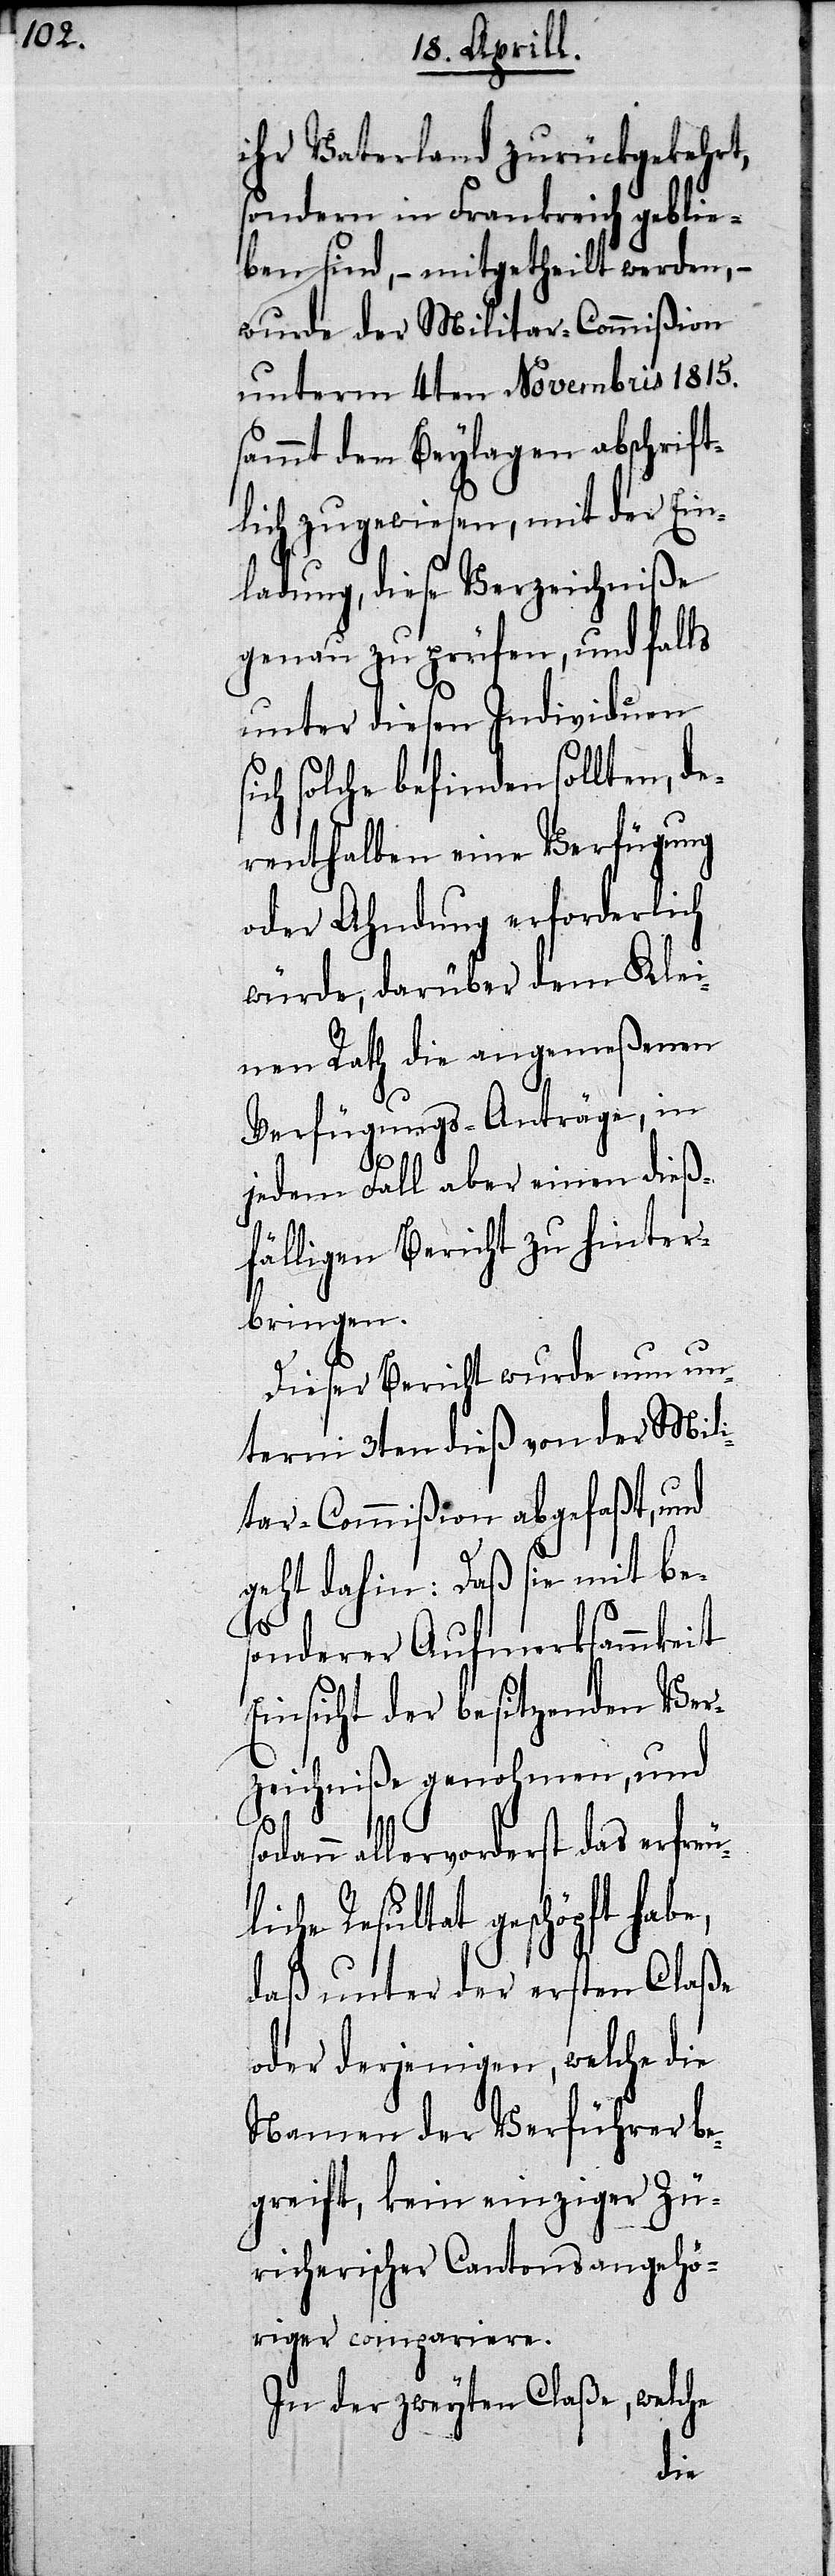
ihr Vaterland zurückgekehrt,
sondern in Frankreich geblie¬
ben sind,– mitgetheilt werden,–
wurde der Militar-Commißion
unterm 4ten Novembris 1815.
sammt den Beylagen abschrift¬
lich zugewiesen, mit der Ein¬
ladung, diese Verzeichniße
genau zu prüfen, und falls
unter diesen Individuen
ich solche befinden sollten, de¬
renthalben eine Verfügung
oder Ahndung erforderlich
würde, darüber dem Kle¬
inen Rath die angemeßenen
Verfügungs-Anträge, in
jedem Fall aber einen dieß¬
fälligen Bericht zu hinter¬
bringen.
Dieser Bericht wurde nun un¬
term 3ten dieß von der Mil¬
itar-Commißion abgefaßt, und
geht dahin: Daß sie mit be¬
l¬
sonderer Aufmerksamkeit
Einsicht der besitzenden Ver¬
zeichniße genohmen, und
allervorderst das erfreu¬
iche Resultat geschöpft habe,
daß unter der ersten Claße
oder derjenigen, welche die
Namen der Verführer be¬
greift, kein einziger Zü¬
richerischer Cantonsangehö¬
riger compariere.
In der zweyten Claße, welche